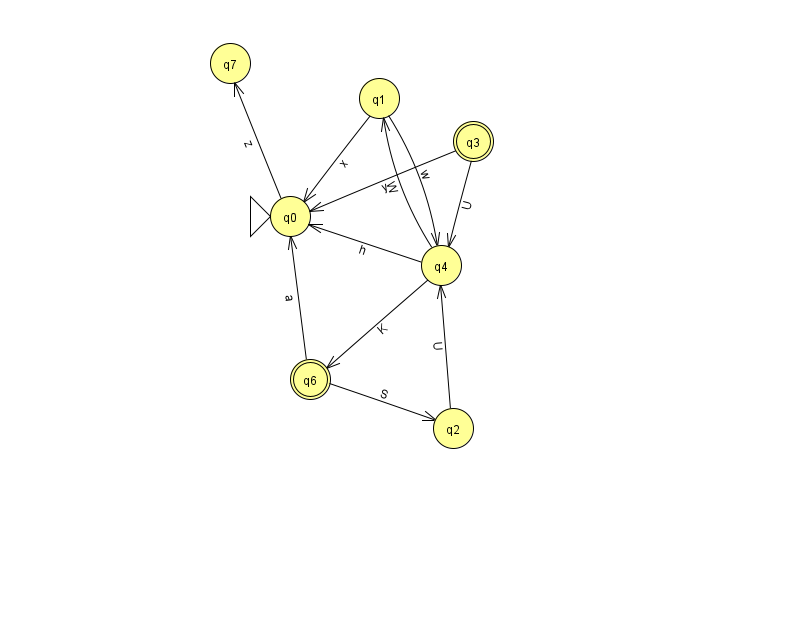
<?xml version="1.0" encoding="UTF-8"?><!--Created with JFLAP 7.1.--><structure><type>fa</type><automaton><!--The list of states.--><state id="0" name="q0"><x>290.0</x><y>203.0</y><initial/></state><state id="1" name="q1"><x>379.0</x><y>85.0</y></state><state id="2" name="q2"><x>453.0</x><y>415.0</y></state><state id="3" name="q3"><x>473.0</x><y>128.0</y><final/></state><state id="4" name="q4"><x>441.0</x><y>252.0</y></state><state id="6" name="q6"><x>310.0</x><y>366.0</y><final/></state><state id="7" name="q7"><x>230.0</x><y>50.0</y></state><!--The list of transitions.--><transition><from>2</from><to>4</to><read>U</read></transition><transition><from>4</from><to>6</to><read>K</read></transition><transition><from>1</from><to>4</to><read>w</read></transition><transition><from>4</from><to>1</to><read>W</read></transition><transition><from>0</from><to>7</to><read>z</read></transition><transition><from>3</from><to>0</to><read>y</read></transition><transition><from>1</from><to>0</to><read>x</read></transition><transition><from>6</from><to>0</to><read>a</read></transition><transition><from>3</from><to>4</to><read>U</read></transition><transition><from>6</from><to>2</to><read>S</read></transition><transition><from>4</from><to>0</to><read>h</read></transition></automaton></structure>